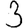
Digit: 3